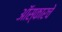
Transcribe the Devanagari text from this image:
ऑस्कारचे